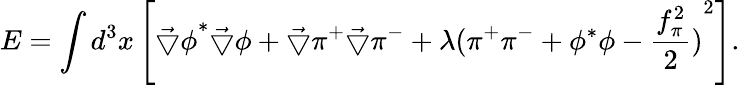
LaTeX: E=\int d^{3}x\left[{\vec{\bigtriangledown}\phi}^{*}\vec{\bigtriangledown}\phi+\vec{\bigtriangledown}\pi^{+}\vec{\bigtriangledown}\pi^{-}+\lambda{(\pi^{+}\pi^{-}+\phi^{*}\phi-\frac{f_{\pi}^{2}}{2})}^{2}\right].